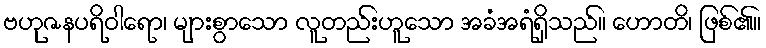
ဗဟုဇနပရိဝါရော၊ များစွာသော လူတည်းဟူသော အခံအရံရှိသည်။ ဟောတိ၊ ဖြစ်၏။